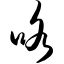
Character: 咯